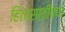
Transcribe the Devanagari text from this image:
हितासाठीपण